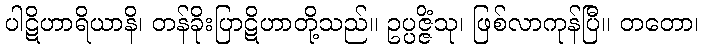
ပါဋိဟာရိယာနိ၊ တန်ခိုးပြာဋိဟာတို့သည်။ ဥပ္ပဇ္ဇိံသု၊ ဖြစ်လာကုန်ပြီ။ တတော၊